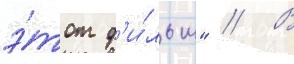
э́тот ф'и́льм" // В